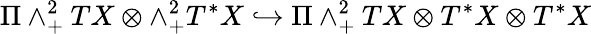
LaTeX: \Pi\wedge_{+}^{2}TX\otimes\wedge_{+}^{2}T^{*}X\hookrightarrow\Pi\wedge_{+}^{2}TX\otimes T^{*}X\otimes T^{*}X